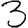
Digit: 3